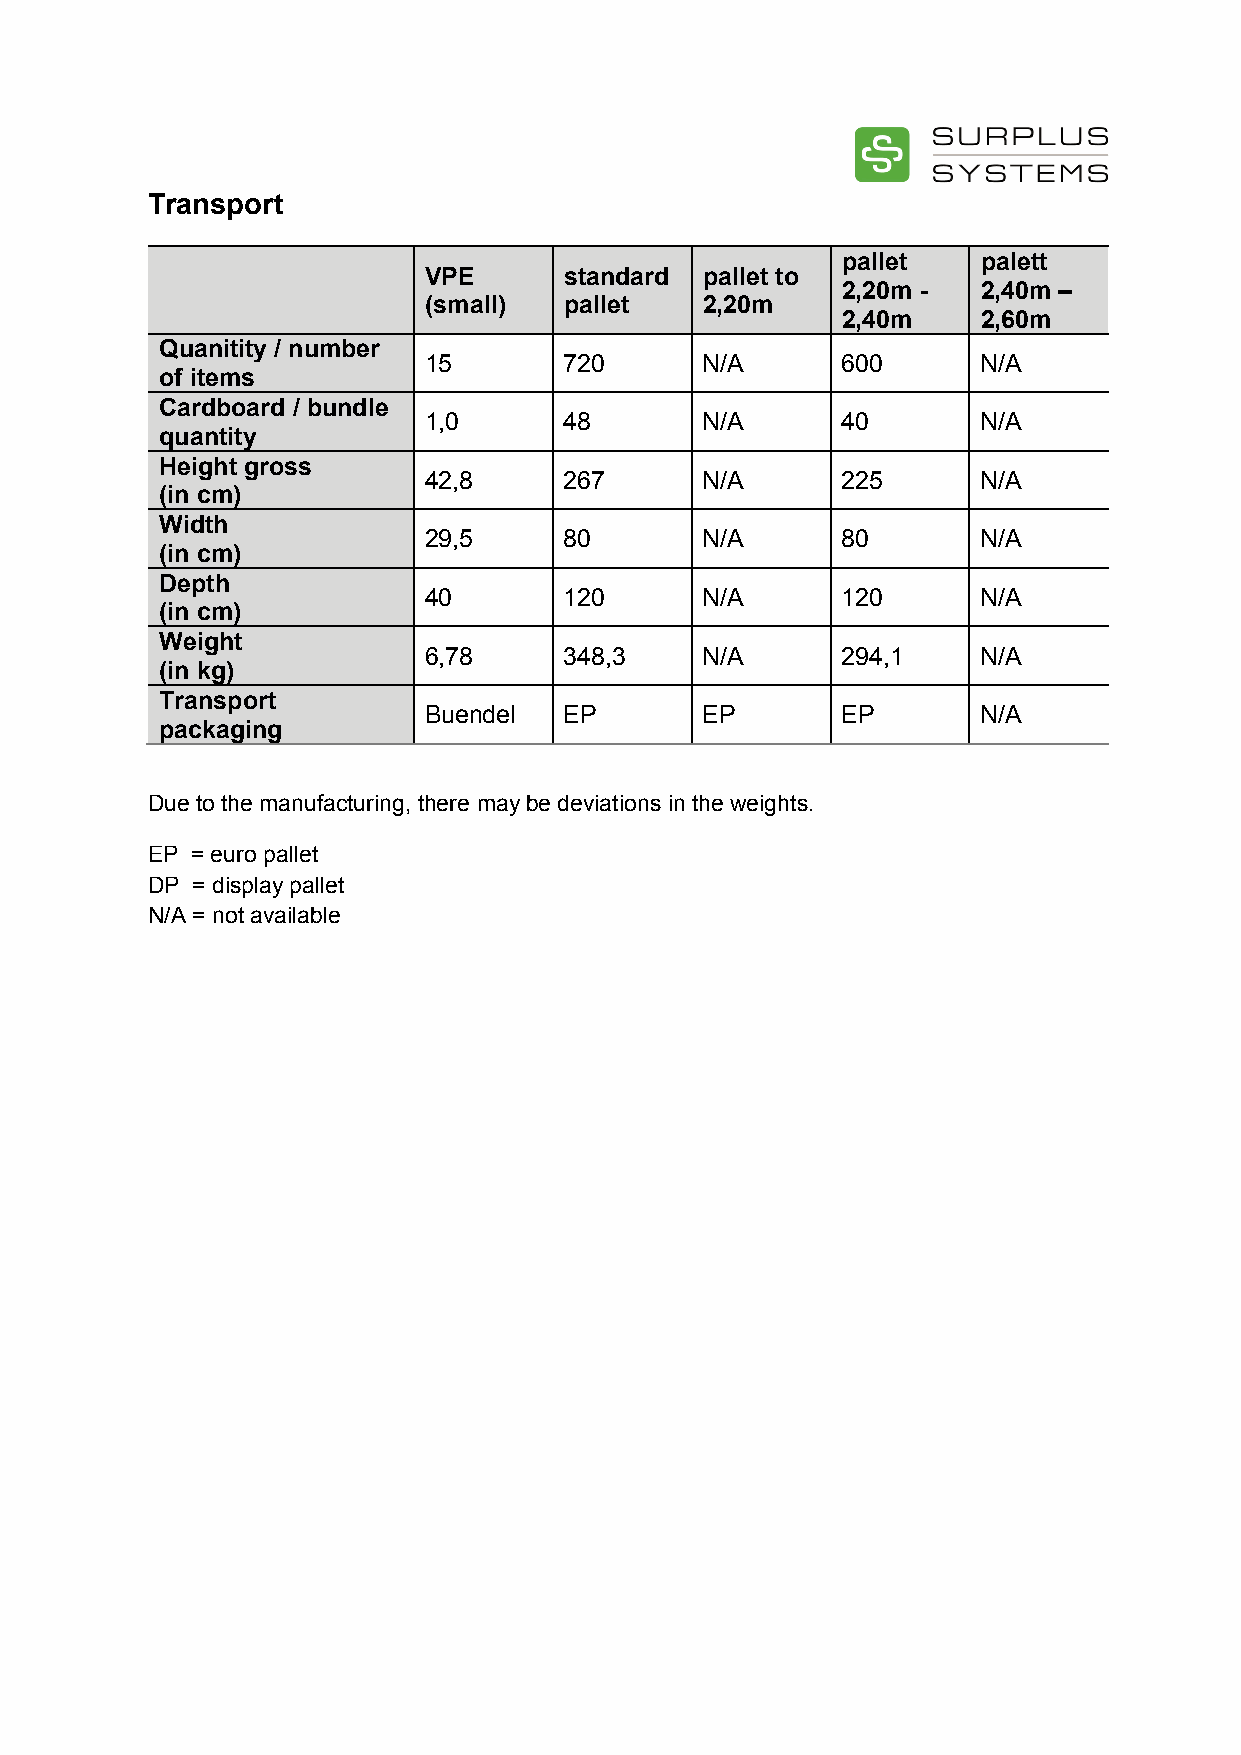
Transport
 pallet   palett
 VPE      standard pallet to
 2,20m -  2,40m –
 (small)  pallet   2,20m
 2,40m    2,60m
 Quanitity / number
 15       720      N/A       600      N/A
 of items
 Cardboard / bundle
 1,0      48       N/A       40       N/A
 quantity
 Height gross
 42,8     267      N/A       225      N/A
 (in cm)
 Width
 29,5     80       N/A       80       N/A
 (in cm)
 Depth
 40       120      N/A       120      N/A
 (in cm)
 Weight
 6,78     348,3    N/A       294,1    N/A
 (in kg)
 Transport
 Buendel  EP       EP        EP       N/A
 packaging
 Due to the manufacturing, there may be deviations in the weights.
 EP = euro pallet
 DP = display pallet
 N/A = not available